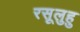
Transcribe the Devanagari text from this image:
रसूलुहु